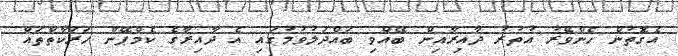
އެގޮތުން ހެންވޭރު އުތުރު ދާއިރާއިން ބޭއްވި ބައްދަލުވުމުގައި އެ ދާއިރާގެ ކެމްޕޭން ހަރަކާތްތައް